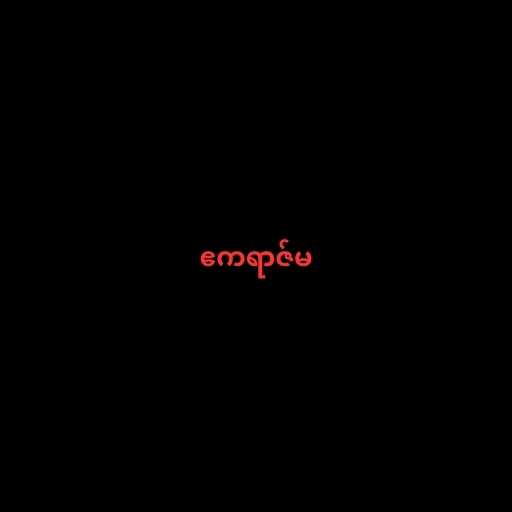
ဧကရာဇ်မ